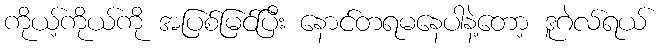
ကိုယ့်ကိုယ်ကို အပြစ်မြင်ပြီး နောင်တရမနေပါနဲ့တော့ ဒူဂဲလ်ရယ်